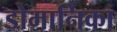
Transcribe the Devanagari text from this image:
डोमानिका